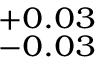
_ { - 0 . 0 3 } ^ { + 0 . 0 3 }